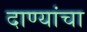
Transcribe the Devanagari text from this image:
दाण्यांचा